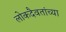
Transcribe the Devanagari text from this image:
लोकदैवतांच्या